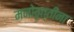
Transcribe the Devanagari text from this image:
मनोवृत्तींना